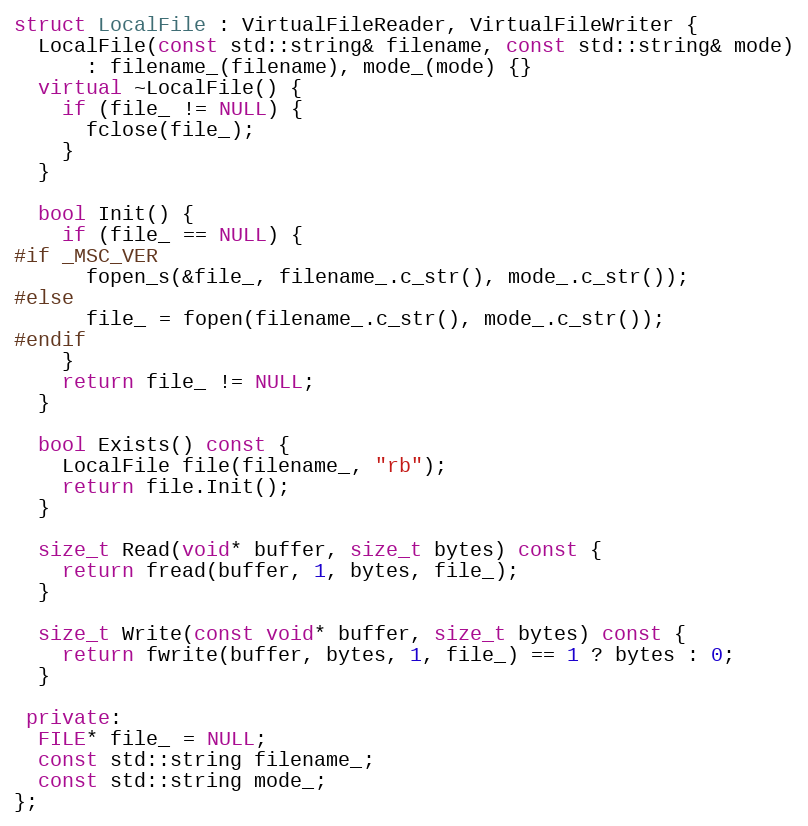
Language: C++
struct LocalFile : VirtualFileReader, VirtualFileWriter {
  LocalFile(const std::string& filename, const std::string& mode)
      : filename_(filename), mode_(mode) {}
  virtual ~LocalFile() {
    if (file_ != NULL) {
      fclose(file_);
    }
  }

  bool Init() {
    if (file_ == NULL) {
#if _MSC_VER
      fopen_s(&file_, filename_.c_str(), mode_.c_str());
#else
      file_ = fopen(filename_.c_str(), mode_.c_str());
#endif
    }
    return file_ != NULL;
  }

  bool Exists() const {
    LocalFile file(filename_, "rb");
    return file.Init();
  }

  size_t Read(void* buffer, size_t bytes) const {
    return fread(buffer, 1, bytes, file_);
  }

  size_t Write(const void* buffer, size_t bytes) const {
    return fwrite(buffer, bytes, 1, file_) == 1 ? bytes : 0;
  }

 private:
  FILE* file_ = NULL;
  const std::string filename_;
  const std::string mode_;
};